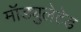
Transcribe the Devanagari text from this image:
मॉड्युलेटेड